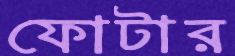
ফোটার